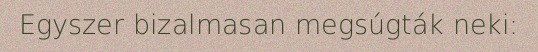
Egyszer bizalmasan megsúgták neki: